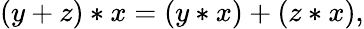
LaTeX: (y+z)*x=(y*x)+(z*x),